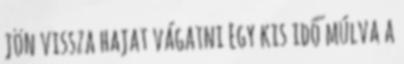
jön vissza hajat vágatni Egy kis idő múlva a